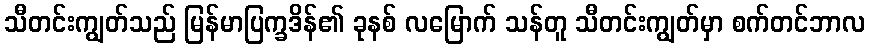
သီတင်းကျွတ်သည် မြန်မာပြက္ခဒိန်၏ ခုနစ် လမြောက် သန်တူ သီတင်းကျွတ်မှာ စက်တင်ဘာလ